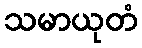
သမာယုတံ